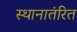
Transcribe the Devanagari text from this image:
स्थानातंरित